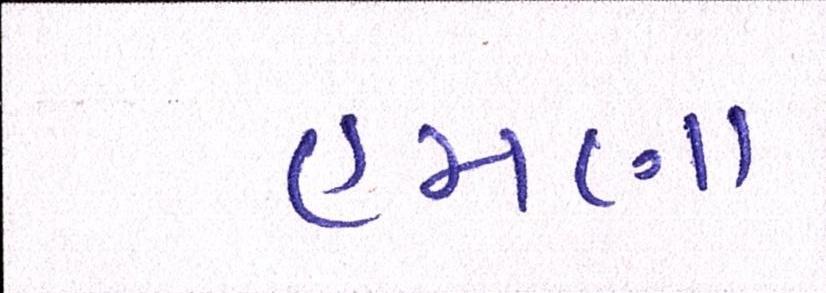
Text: હમણા